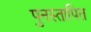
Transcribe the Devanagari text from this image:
पुनस्तापित